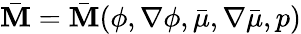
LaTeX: \bar{\mathbf{M}}=\bar{\mathbf{M}}(\phi,\nabla\phi,\bar{\mu},\nabla\bar{\mu},p)